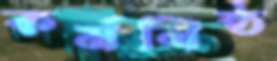
কর্মনিষ্ঠ